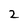
Character: 2